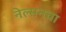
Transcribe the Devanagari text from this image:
नेल्सनचा